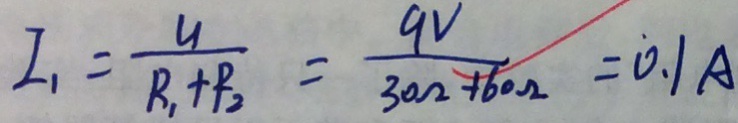
I _ { 1 } = \frac { U } { R _ { 1 } + P _ { 2 } } = \frac { 9 V } { 3 0 \Omega + 6 0 \Omega } = 0 . 1 A